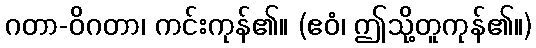
ဂတာ-ဝိဂတာ၊ ကင်းကုန်၏။ (ဧဝံ၊ ဤသို့တူကုန်၏။)